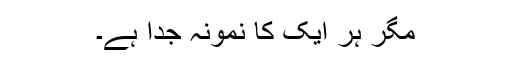
مگر ہر ایک کا نمونہ جدا ہے۔